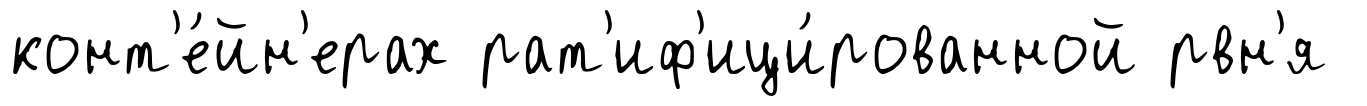
конт'е́йн'ерах рат'иф'ици́рованной рвн'я